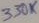
Text: 330K